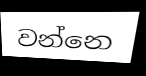
වන්නෙ